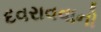
દવરાવવાનો